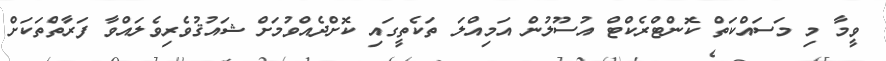
ވީމާ މި މަސައްކަތް ކޮންޓްރެކްޓް އުސޫލުން އަމިއްލަ ތަކެތީގައި ކޮށްދެއްވުމަށް ޝައުޤުވެރިވެލައްވާ ފަރާތްތަކަށް